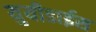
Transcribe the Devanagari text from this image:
युयीडाईस